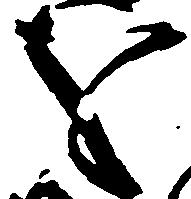
を